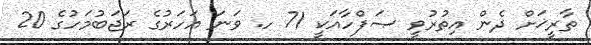
ތާރީޚަށް ދެން އިތުރުވީ ޞަފްހާއަކީ 71 ހ. ވަނަ އަހަރުގެ ރަޖަބުމަހުގެ 20